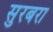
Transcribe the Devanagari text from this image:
सुरबरा